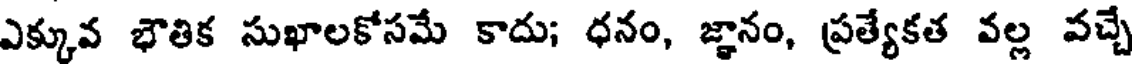
ఎక్కువ భౌతిక సుఖాలకోసమే కాదు; ధనం, జ్ఞానం, ప్రత్యేకత వల్ల వచ్చే